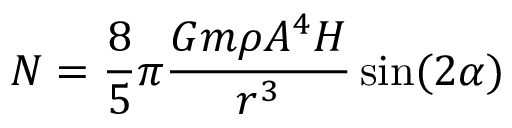
N = { \frac { 8 } { 5 } } \pi { \frac { G m \rho A ^ { 4 } H } { r ^ { 3 } } } \sin ( 2 \alpha )